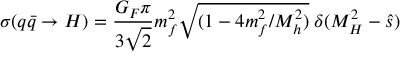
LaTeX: \sigma ( q \bar { q } \to H ) = \frac { G _ { F } \pi } { 3 \sqrt { 2 } } m _ { f } ^ { 2 } \sqrt { ( 1 - 4 m _ { f } ^ { 2 } / M _ { h } ^ { 2 } ) } \; \delta ( M _ { H } ^ { 2 } - \hat { s } )